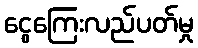
ငွေကြေးလည်ပတ်မှု